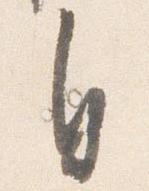
自